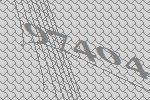
97404